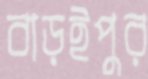
বাড়ইপুর